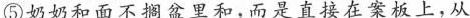
⑤奶奶和面不搁盆里和，而是直接在案板上，从